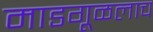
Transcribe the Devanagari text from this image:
माडगूळलाच